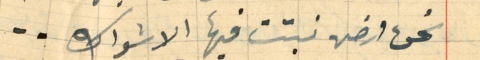
نحن ارض نبتت فيها الاشواك..